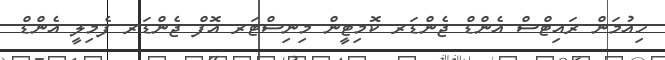
ހިއުމަން ރައިޓްސް އެންޑް ޖެންޑަރ ކޮމިޓީން މިނިސްޓަރ އޮފް ޖެންޑަރ ފެމިލީ އެންޑް